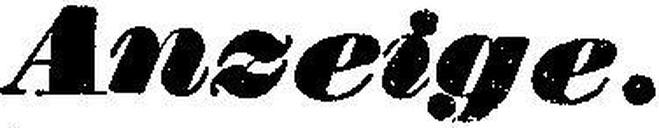
Anzeige.